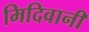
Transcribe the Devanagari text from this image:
मिदिवानी